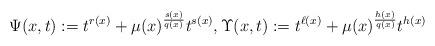
LaTeX: \begin{align*}\Psi(x,t)&:=t^{r(x)}+\mu(x)^{\frac{s(x)}{q(x)}}t^{s(x)},\Upsilon(x,t):=t^{\ell(x)}+\mu(x)^{\frac{h(x)}{q(x)}}t^{h(x)}\end{align*}